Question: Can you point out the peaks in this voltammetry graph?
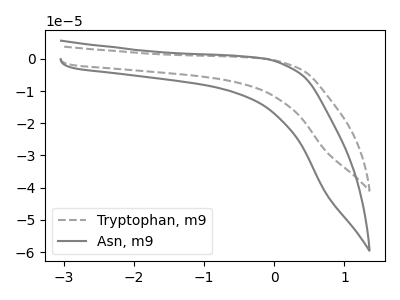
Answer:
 <answer>The gray dashed curve "Tryptophan, m9" has no peaks. The gray curve "Asn, m9" has no peaks.</answer>
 <eval></eval>